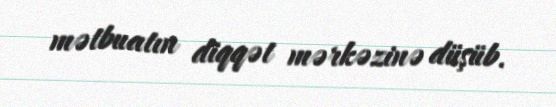
mətbuatın diqqət mərkəzinə düşüb.